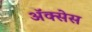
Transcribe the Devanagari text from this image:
अॅक्सेस